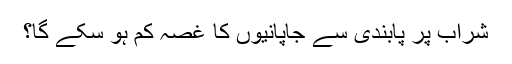
شراب پر پابندی سے جاپانیوں کا غصہ کم ہو سکے گا؟